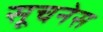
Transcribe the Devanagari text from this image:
सूचनेस